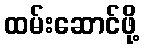
ထမ်းဆောင်ဖို့